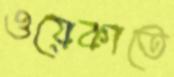
ওয়েকাতে